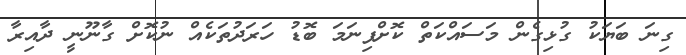
ގިނަ ބަޔަކު ގުޅިގެން މަސައްކަތް ކޮށްފިނަމަ ބޮޑު ހަރަދުތަކެއް ނުކޮށް ގާނޫނީ ދާއިރާ